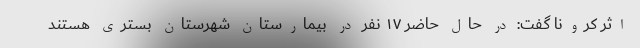
اثر کرونا گفت: در حال حاضر ۱۷ نفر در بیمارستان شهرستان بستری هستند